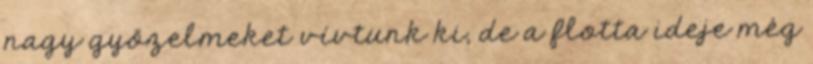
nagy győzelmeket vívtunk ki, de a flotta ideje még